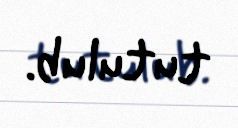
tutulub.